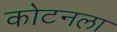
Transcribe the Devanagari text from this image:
कोटनला